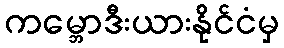
ကမ္ဘောဒီးယားနိုင်ငံမှ